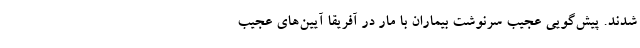
شدند. پیش‌گویی عجیب سرنوشت بیماران با مار در آفریقا آیین‌های عجیب